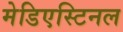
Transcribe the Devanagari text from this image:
मेडिएस्टिनल